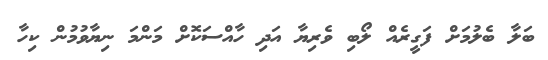
ބަލާ ބެލުމަށް ފަގީރެއް ލޯބި ވެރިޔާ އަދި ހާއްސަކޮށް މަންމަ ނިޔާވުމުން ކިހާ